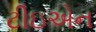
ટીઇએન